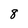
Character: 8